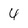
Character: 4